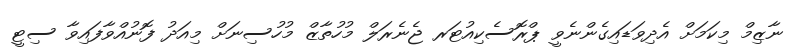
ނާޒިމް މިކަމަށް އެދިވަޑައިގެންނެވީ ޕްރޮސެކިއުޓަރ ޖެނެރަލް މުހުތާޒް މުހުސިނަށް މިއަދު ފޮނުއްވާފައިވާ ސިޓީ